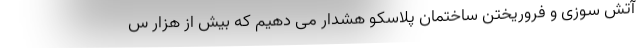
آتش سوزی و فروریختن ساختمان پلاسکو هشدار می دهیم که بیش از هزار س